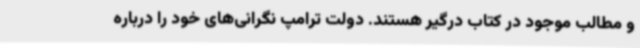
و مطالب موجود در کتاب درگیر هستند. دولت ترامپ نگرانی‌های خود را درباره